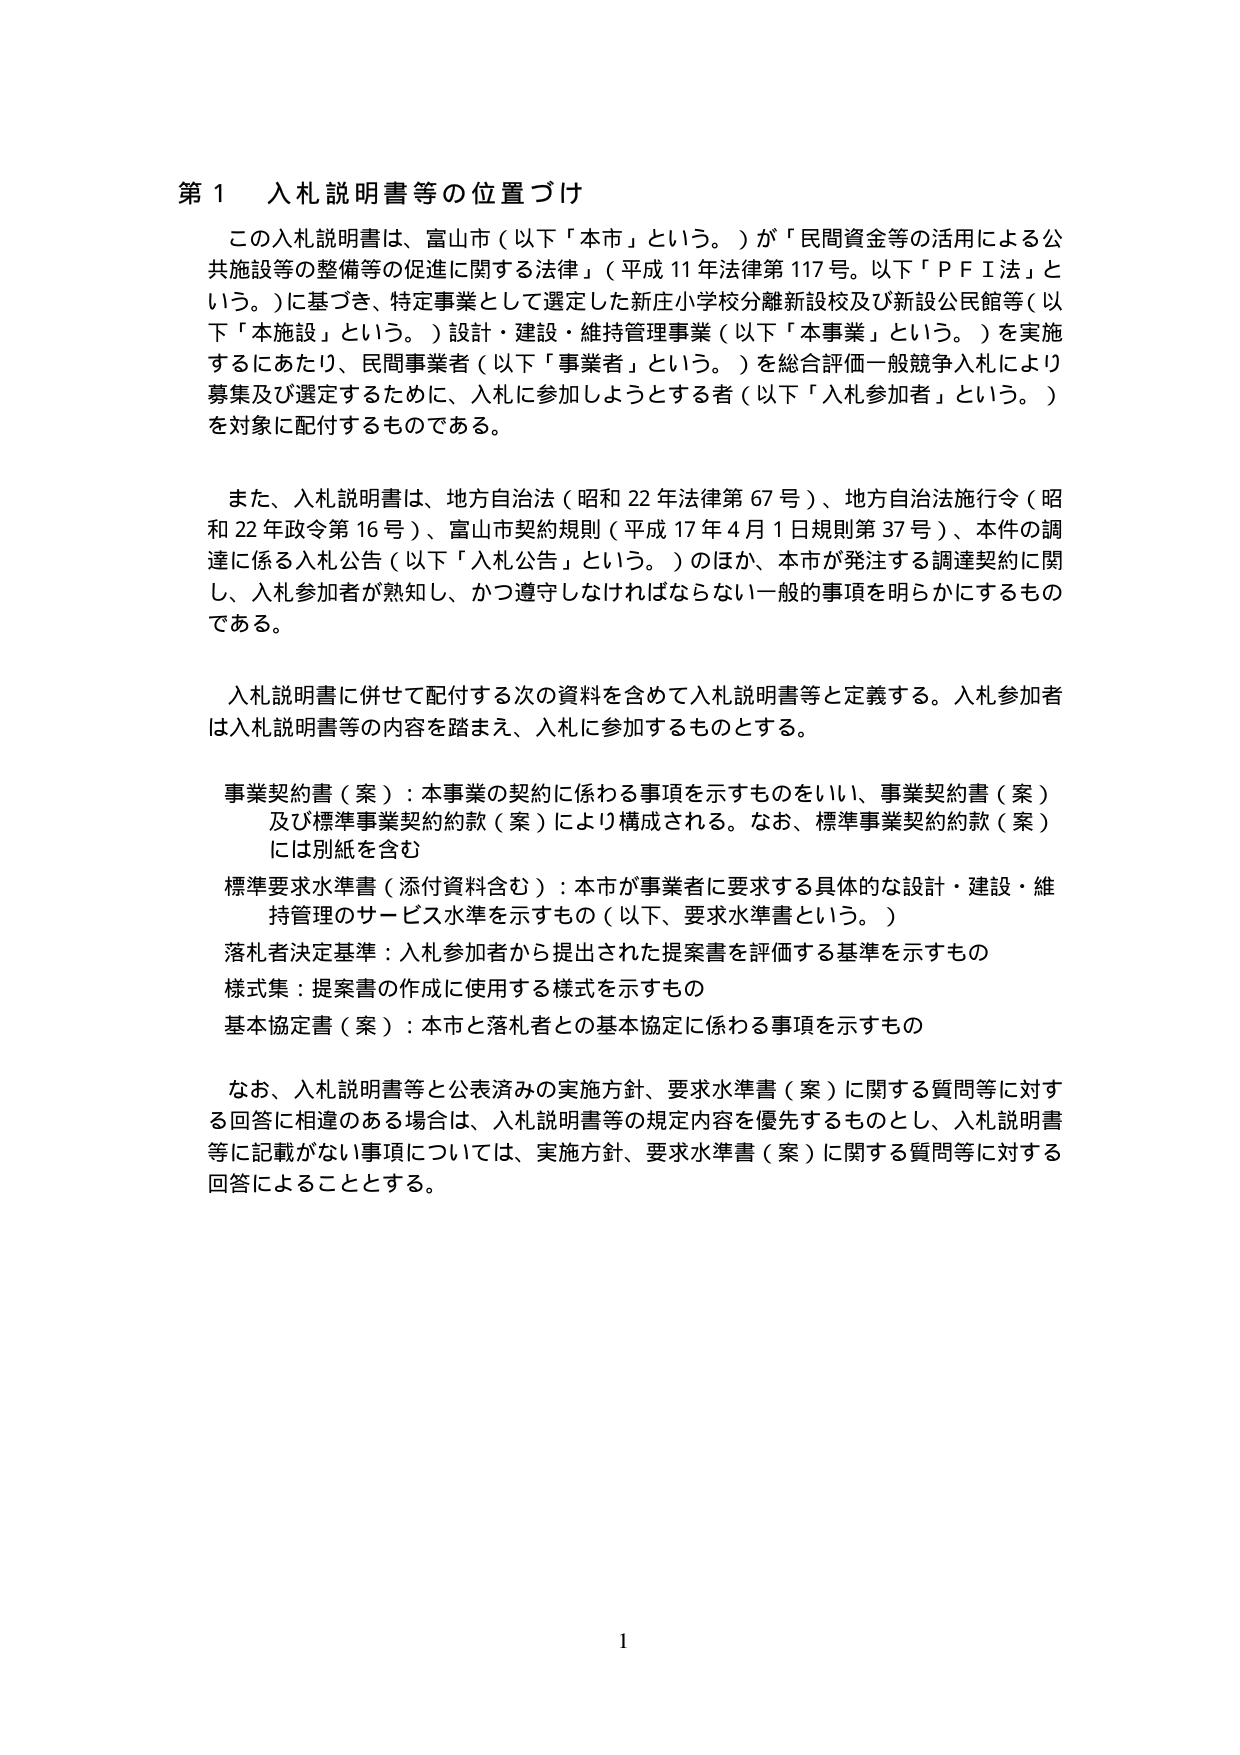
第１ 入札説明書等の位置づけ

この入札説明書は、富山市（以下「本市」という。）が「民間資金等の活用による公共施設等の整備等の促進に関する法律」（平成11年法律第117号。以下「ＰＦＩ法」という。）に基づき、特定事業として選定した新庄小学校分離新設校及び新設公民館等（以下「本施設」という。）設計・建設・維持管理事業（以下「本事業」という。）を実施するにあたり、民間事業者（以下「事業者」という。）を総合評価一般競争入札により募集及び選定するために、入札に参加しようとする者（以下「入札参加者」という。）を対象に配付するものである。

また、入札説明書は、地方自治法（昭和22年法律第67号）、地方自治法施行令（昭和22年政令第16号）、富山市契約規則（平成17年4月1日規則第37号）、本件の調達に係る入札公告（以下「入札公告」という。）のほか、本市が発注する調達契約に関し、入札参加者が熟知し、かつ遵守しなければならない一般的事項を明らかにするものである。

入札説明書に併せて配付する次の資料を含めて入札説明書等と定義する。入札参加者は入札説明書等の内容を踏まえ、入札に参加するものとする。

事業契約書（案）：本事業の契約に係わる事項を示すものをいい、事業契約書（案）及び標準事業契約約款（案）により構成される。なお、標準事業契約約款（案）には別紙を含む

標準要求水準書（添付資料含む）：本市が事業者に要求する具体的な設計・建設・維持管理のサービス水準を示すもの（以下、要求水準書という。）

落札者決定基準：入札参加者から提出された提案書を評価する基準を示すもの

様式集：提案書の作成に使用する様式を示すもの

基本協定書（案）：本市と落札者との基本協定に係わる事項を示すもの

なお、入札説明書等と公表済みの実施方針、要求水準書（案）に関する質問等に対する回答に相違のある場合は、入札説明書等の規定内容を優先するものとし、入札説明書等に記載がない事項については、実施方針、要求水準書（案）に関する質問等に対する回答によることとする。

1